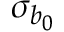
\sigma _ { b _ { 0 } }